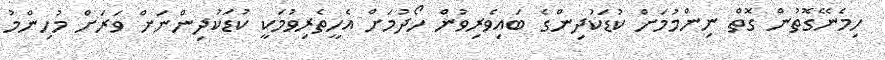
ހިމެނޭގޮތުން ގޮތް ނިންމުމަށް ކުޑަކުދިންގެ ބައިވެރިވުން ހޯދުމަށް އެހީތެރިވުމަކީ ކުޑަކުދިންނަށް ވަރަށް މުހިންމު